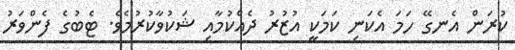
ކުރަން އެނގޭ ހަމަ އެކަނި ކަމަކީ އުޒުރު ދެއްކުމާއި ޝަކުވާކުރުމެވެ. ޓެބުގެ ފެންވަރު